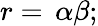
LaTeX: r=\, \alpha\beta;